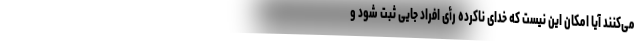
می‌کنند آیا امکان این نیست که خدای ناکرده رأی افراد جایی ثبت شود و